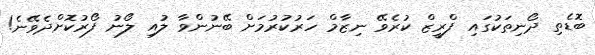
ބޮޑެތި ދޯނިތަކުގައި ފްރީޒް ކުރެވޭ ނިޒާމް ހަރުކުރުމަށް ބޭނުންވާ ލުއި ލޯނު ފޯރުކޮށްދެވޭނެ!